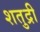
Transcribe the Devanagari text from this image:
शतुद्री